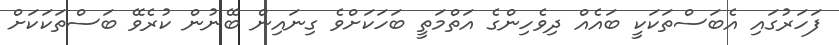
ފަހަރުގައި އެބަސްތަކަކީ ބައެއް ދިވެހިންގެ އަތްމަތީ ބަހަކަށްވެ ގިނައިން ބޭނުން ކުރެވޭ ބަސްތަކަކަށް